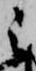
之